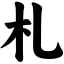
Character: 札